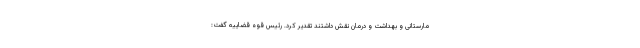
مارستانی و بهداشت و درمان نقش داشتند تقدیر کرد. رئیس قوه قضاییه گفت: